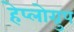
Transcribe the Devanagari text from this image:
हेप्लोग्रुप